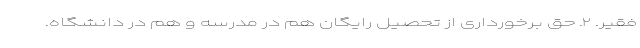
فقیر. ۲ـ حق برخورداری از تحصیل رایگان هم در مدرسه و هم در دانشگاه.